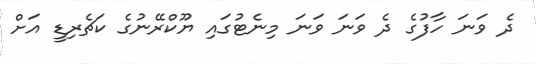
ދެ ވަނަ ހާފުގެ ދެ ވަނަ ވަނަ މިނެޓުގައި ޔޫކްރޭނުގެ ކަޗެރިޑީ އަށް